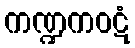
ကဏ္ဍကဝဋံ